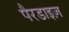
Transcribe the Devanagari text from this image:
पैरडाइज़